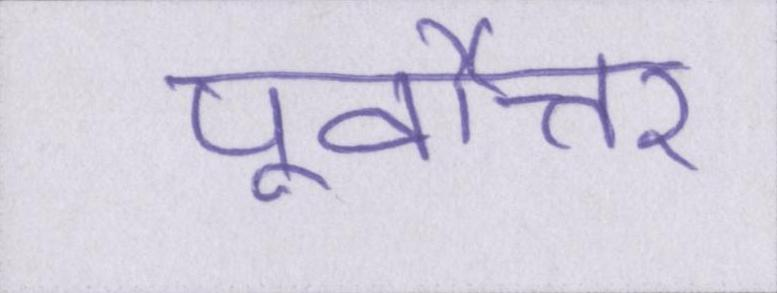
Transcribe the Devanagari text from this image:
पूर्वोत्तर